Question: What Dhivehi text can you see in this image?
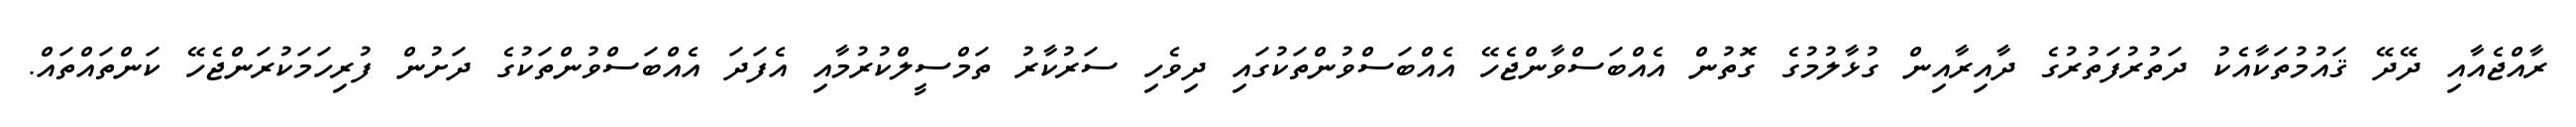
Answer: ރާއްޖެއާއި ދޭދޭ ޤައުމުތަކާއެކު ދަތުރުފަތުރުގެ ދާއިރާއިން ގުޅާލުމުގެ ގޮތުން އެއްބަސްވާންޖެހޭ އެއްބަސްވުންތަކުގައި ދިވެހި ސަރުކާރު ތަމްސީލްކުރުމާއި އެފަދަ އެއްބަސްވުންތަކުގެ ދަށުން ފުރިހަމަކުރަންޖެހޭ ކަންތައްތައް.